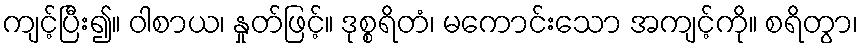
ကျင့်ပြီး၍။ ဝါစာယ၊ နှုတ်ဖြင့်။ ဒုစ္စရိတံ၊ မကောင်းသော အကျင့်ကို။ စရိတွာ၊